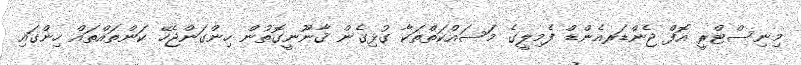
މިނިސްޓްރީ އޮފް ޖެންޑަރއެންޑް ފެމިލީގެ މަސައްކަތްތަކާ ގުޅިގެން ޤާނޫނީގޮތުން ހިންގަންޖެހޭ ކަންތައްތައް ހިންގައި